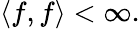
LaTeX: \langle f,f\rangle<\infty.